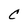
Character: C